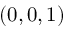
( 0 , 0 , 1 )